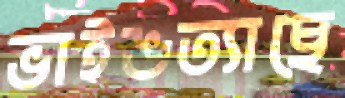
ভাইঙত্যাছে